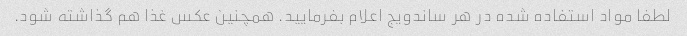
لطفا مواد استفاده شده در هر ساندویج اعلام بفرمایید. همچنین عکس غذا هم گذاشته شود.